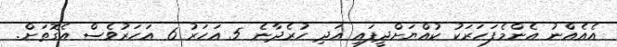
އެއެއްނު އެންމެފަހަރަކު ކުއްޔަށްދީފައި އަދި ހުރެދާނެ 5 އަހަރު 6 އަހަރުވެސް އެގޮތަށް.